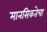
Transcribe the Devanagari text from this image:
मानसिकतेचा